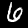
Label: 6